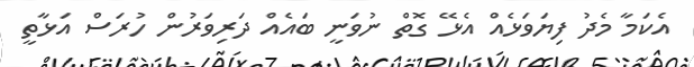
އެކަމާ މެދު ފިޔަވަޅެއް އެޅޭ ގޮތް ނުވަނީ ބައެއް ދަރިވަރުން ހުރަސް އަޅާތީ